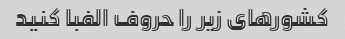
کشورهای زیر را حروف الفبا کنید